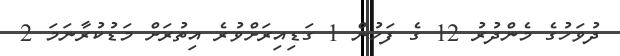
ދުވަހުގެ މެންދުރު 12 ގެ ފަހުން 1 ގަޑިއިރަށްވުރެ އިތުރަށް މަޑުކުރާނަމަ 2